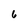
Character: 6